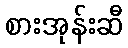
စားအုန်းဆီ